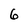
Character: 6